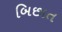
બિછાત